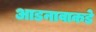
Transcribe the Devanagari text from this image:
आडनावाकडे